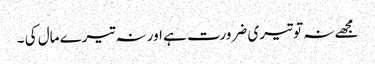
مجھے نہ تو تیری ضرورت ہے اور نہ تیرے مال کی ۔